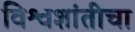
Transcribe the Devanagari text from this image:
विश्वशांतीचा